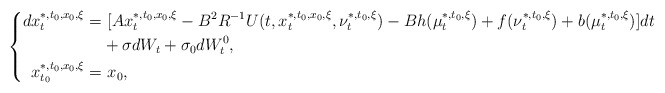
\begin{align*}\left\{\begin{aligned}dx_t^{*,t_0,x_0,\xi}=&~[Ax_t^{*,t_0,x_0,\xi}-B^2R^{-1}U(t,x_t^{*,t_0,x_0,\xi},\nu_t^{*,t_0,\xi})-Bh(\mu_t^{*,t_0,\xi})+f(\nu_t^{*,t_0,\xi})+b(\mu_t^{*,t_0,\xi})]dt\\&+\sigma dW_t+\sigma_0dW^0_t,\\x_{t_0}^{*,t_0,x_0,\xi}=&~x_0,\end{aligned}\right.\end{align*}